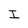
Character: I